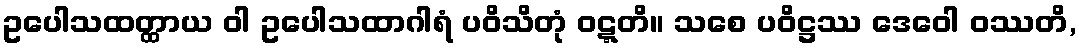
ဥပေါသထတ္ထာယ ဝါ ဥပေါသထာဂါရံ ပဝိသိတုံ ဝဋ္ဋတိ။ သစေ ပဝိဋ္ဌဿ ဒေဝေါ ဝဿတိ,